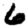
Digit: 6